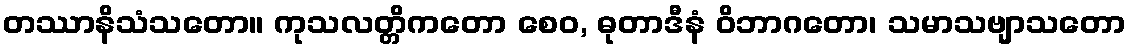
တဿာနိသံသတော။ ကုသလတ္တိကတော စေဝ, ဓုတာဒီနံ ဝိဘာဂတော၊ သမာသဗျာသတော